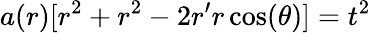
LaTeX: a(r)[r^{2}+r^{2}-2r^{\prime}r\cos(\theta)]=t^{2}